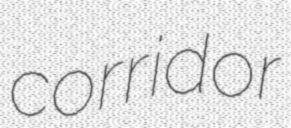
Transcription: corridor